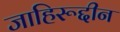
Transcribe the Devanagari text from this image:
जाहिरूद्दीन